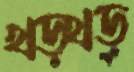
খড়্‌খড়্‌